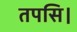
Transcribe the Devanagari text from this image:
तपसि।